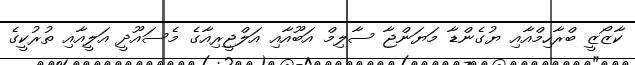
ކާޒޯޒީ ބްރާހިމްއާއި ޔުގެންޑާ މަޔަންޖާ ސާލިމް އަބޫއާއި އަލްޖީރިއާގެ މެސައޫދީ އަލީއާއި ތުރުކީގެ